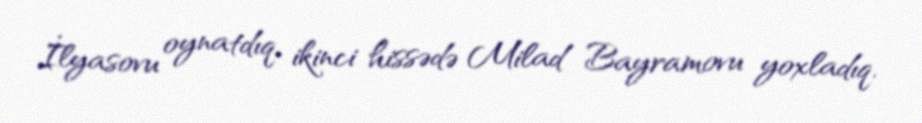
İlyasovu oynatdıq, ikinci hissədə Milad Bayramovu yoxladıq.